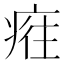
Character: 𤷮